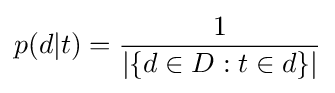
p(d|t)={\frac {1}{|\{d\in D:t\in d\}|}}